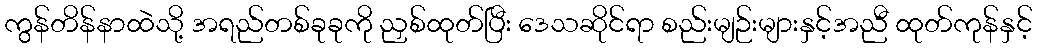
ကွန်တိန်နာထဲသို့ အရည်တစ်ခုခုကို ညှစ်ထုတ်ပြီး ဒေသဆိုင်ရာ စည်းမျဉ်းများနှင့်အညီ ထုတ်ကုန်နှင့်